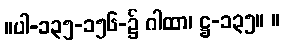
။ပါ-၁၃၅-၁၅၆-၌ ဂါထာ၊ ဋ္ဌ-၁၃၅။ ။